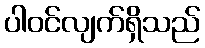
ပါဝင်လျက်ရှိသည်